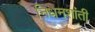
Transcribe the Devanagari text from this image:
निधनशांती